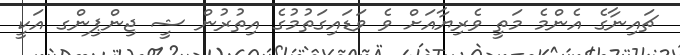
ޗައިނާގެ އެންމެ މަތީ ވެރިޔާއަށް ވެ ވަޑައިގަތުމުގެ އިތުރުން ޝީ ޖިންޕިންގ އަކީ